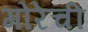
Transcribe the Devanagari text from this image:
गोरेची